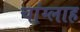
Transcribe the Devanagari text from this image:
चांग्लाह